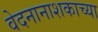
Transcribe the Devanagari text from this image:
वेदनानाशकाच्या